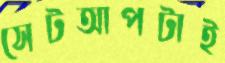
সেটআপটাই